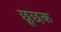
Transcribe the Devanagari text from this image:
छूछक